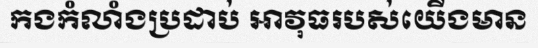
កងកំលាំងប្រដាប់ អាវុធរបស់យើងមាន